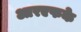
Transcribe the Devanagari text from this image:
आरएफके